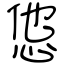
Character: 怹